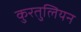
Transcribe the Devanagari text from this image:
कुरतुलियन